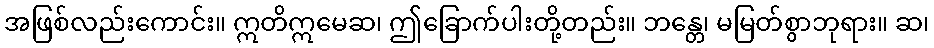
အဖြစ်လည်းကောင်း။ ဣတိဣမေဆ၊ ဤခြောက်ပါးတို့တည်း။ ဘန္တေ၊ မမြတ်စွာဘုရား။ ဆ၊